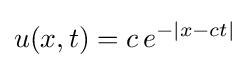
u(x,t)=c\,e^{-|x-ct|}